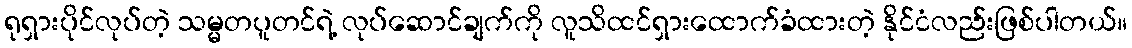
ရုရှားပိုင်လုပ်တဲ့ သမ္မတပူတင်ရဲ့ လုပ်ဆောင်ချက်ကို လူသိထင်ရှားထောက်ခံထားတဲ့ နိုင်ငံလည်းဖြစ်ပါတယ်။